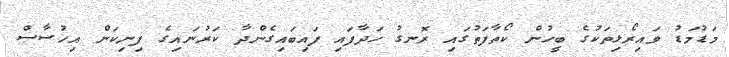
މަޑުމަޑު ވައިރޯޅިތަކުގެ ބީހުން ކޯތާފަތުގައި ރޮނގު ހަދާފައި ފައިބައިގެންދާ ކަރުނައިގެ ފިނިކަން އިހުސާސް